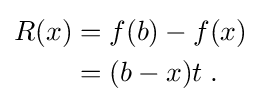
{\begin{aligned}R(x)&{}=f(b)-f(x)\\&{}=(b-x)t\;.\end{aligned}}